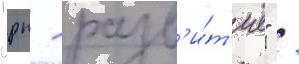
"рн - разв'и́т'ие" /